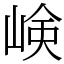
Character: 𡸴